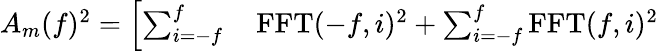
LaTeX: \begin{array}{rl}{A_{m}(f)^{2}=\left[\sum_{i=-f}^{f}\right.}&{{}\operatorname{FFT}(-f,i)^{2}+\sum_{i=-f}^{f}\operatorname{FFT}(f,i)^{2}}\end{array}